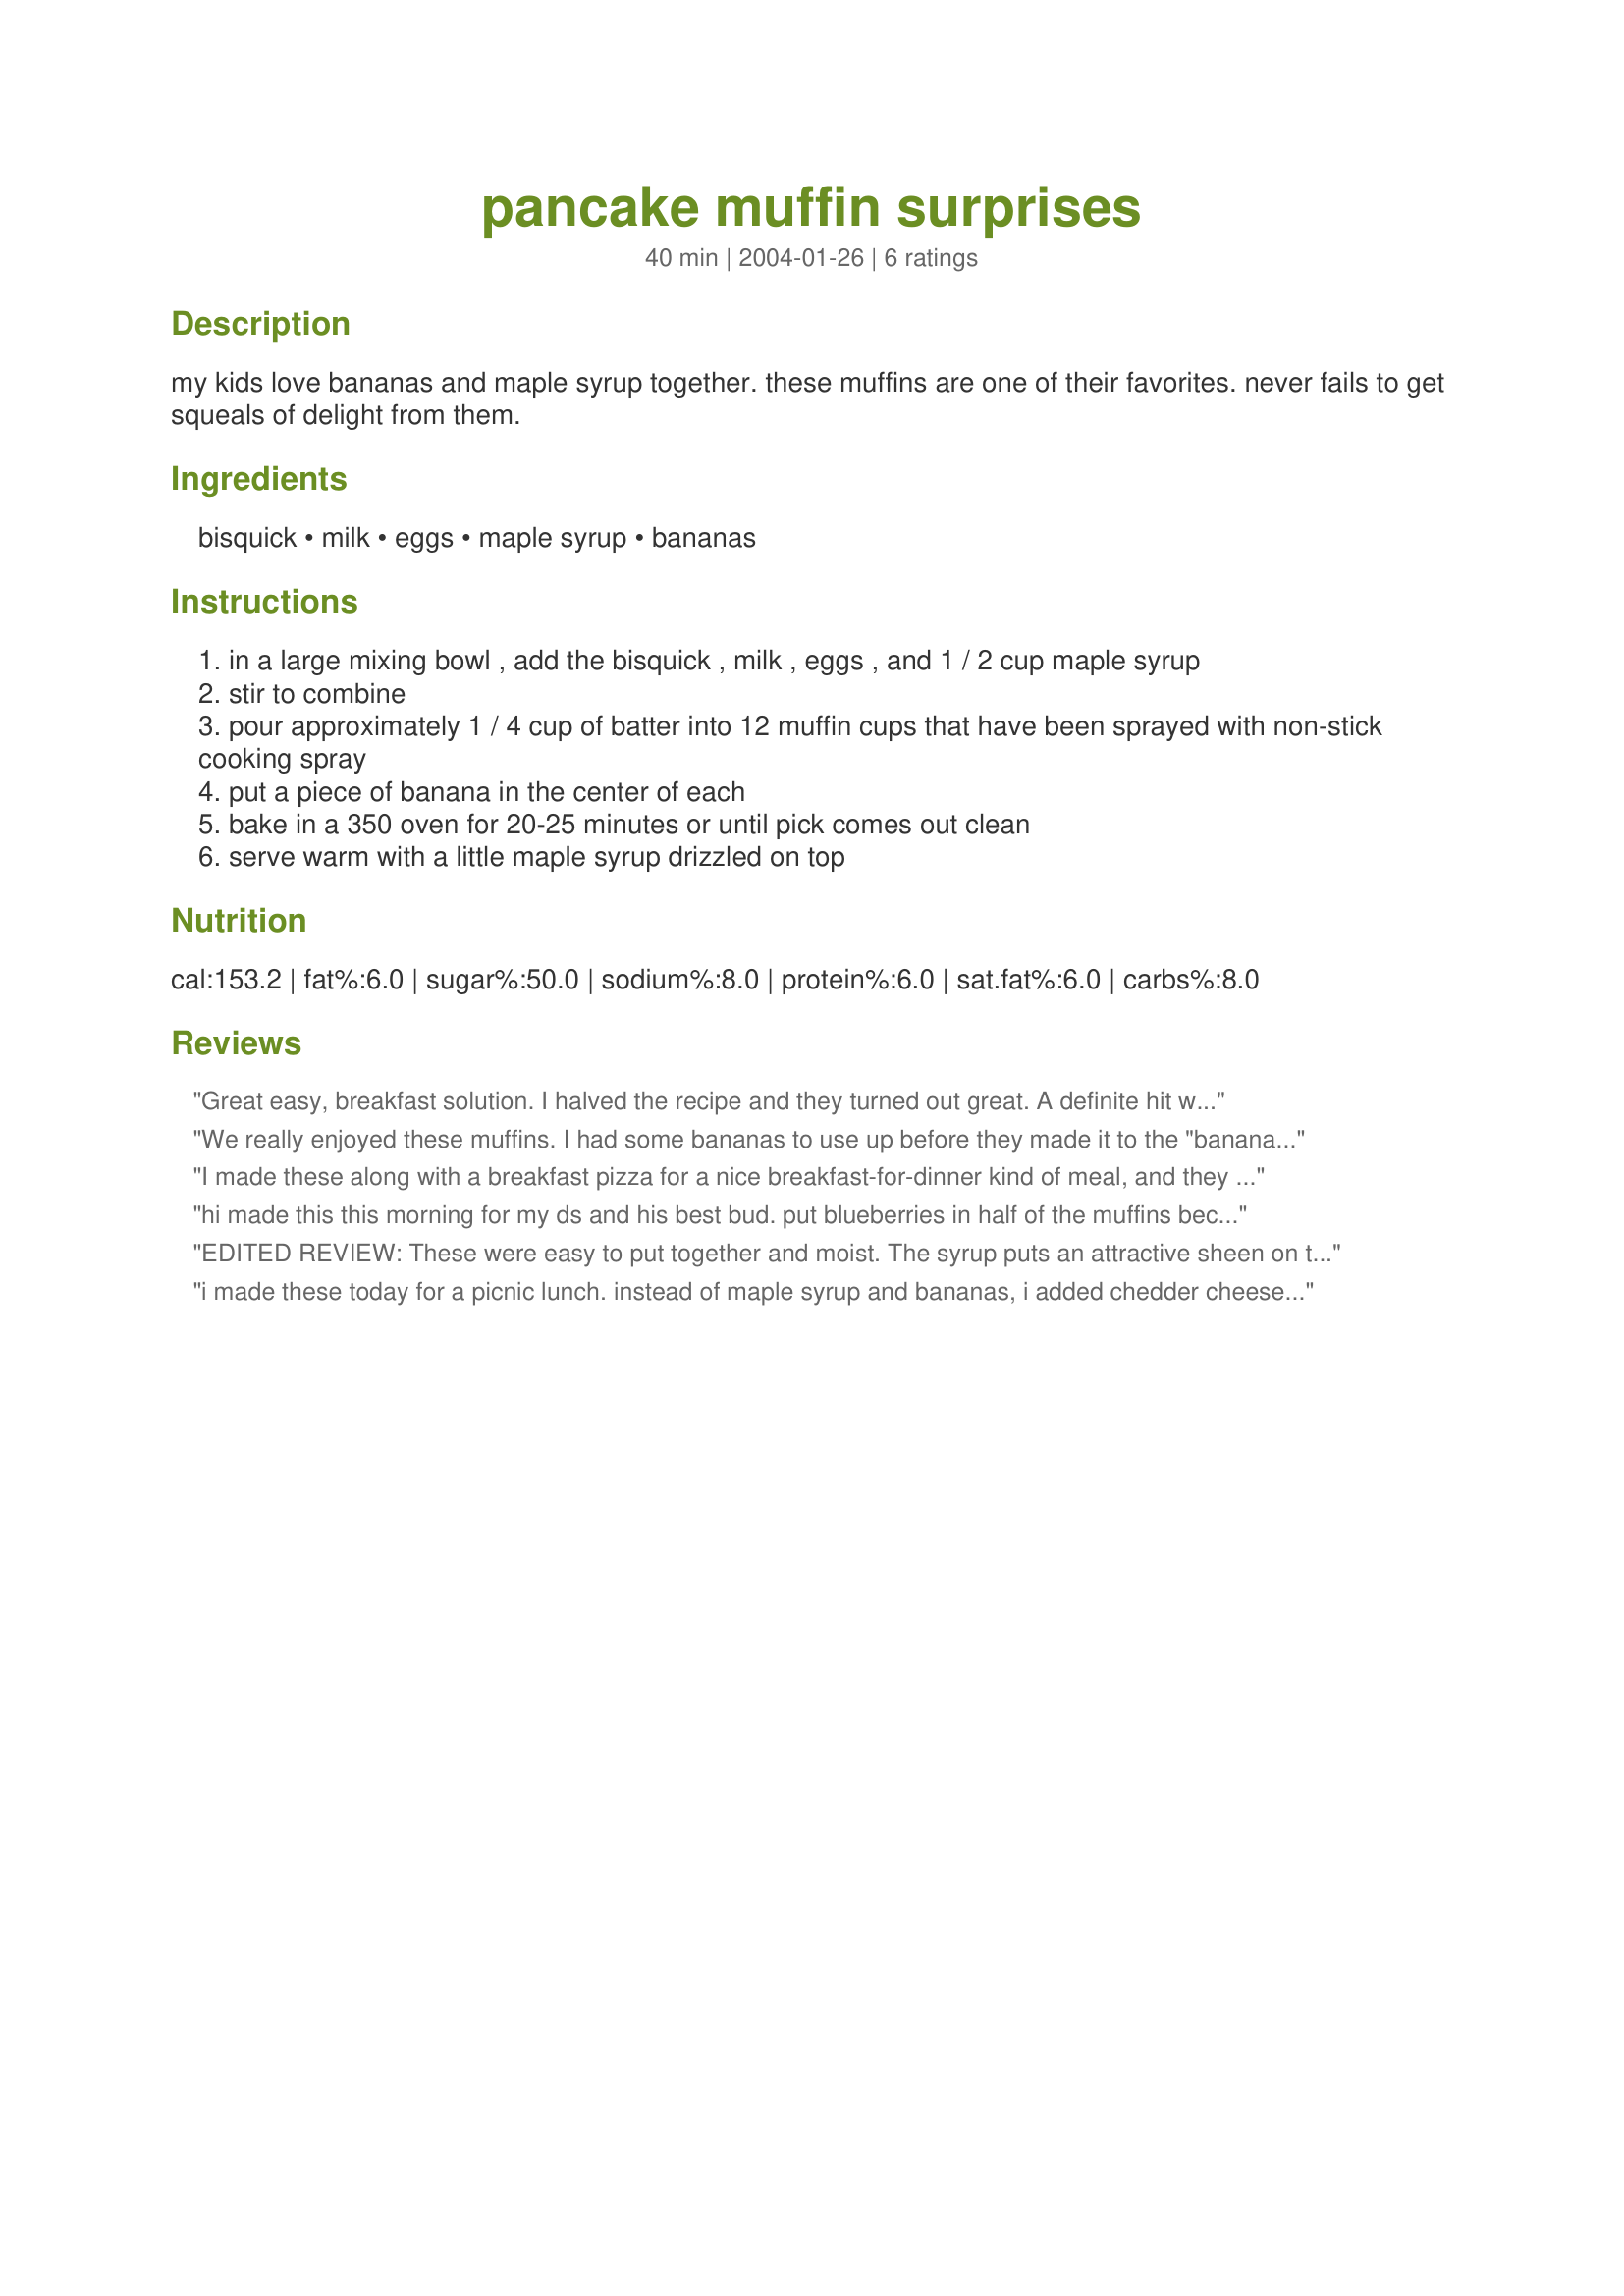
pancake muffin surprises
Preparation time: 40 minutes

my kids love bananas and maple syrup together. these muffins are one of their favorites. never fails to get squeals of delight from them.

Ingredients:
bisquick, milk, eggs, maple syrup, bananas

Steps:
in a large mixing bowl , add the bisquick , milk , eggs , and 1 / 2 cup maple syrup
stir to combine
pour approximately 1 / 4 cup of batter into 12 muffin cups that have been sprayed with non-stick cooking spray
put a piece of banana in the center of each
bake in a 350 oven for 20-25 minutes or until pick comes out clean
serve warm with a little maple syrup drizzled on top

Reviews:
Great easy, breakfast solution. I halved the recipe and they turned out great. A definite hit with my family and a labor saving alternative to pancakes for me!
We really enjoyed these muffins. I had some bananas to use up before they made it to the "banana grave yard" (my freezer!) so I picked this to try. Super fast to make, they were a quick and easy afterschool snack. Mine never browned and were always a little softer texture then most muffins I make, but had really good flavor. I used skim milk, egg beaters, and omitted the extra maple syrup. Yummy. Thanks.
I made these along with a breakfast pizza for a nice breakfast-for-dinner kind of meal, and they were a hit. They tasted just like pancakes, and everyone was surprised to find a tasty chunk of banana inside (tasted just like the bananas in banana pudding!). The only minor change I made was to use light pancake syrup instead of plain maple syrup, but the result was fine. The flavor might have been stronger with real maple syrup, but we liked them as they were!
hi made this this morning for my ds and his best bud. put blueberries in half of the muffins because the boys had just picked them and looked so disappointed when I wasn't going to make blueberry pancakes...anyway, I only needed 10 extra minutes cook time but that is i think because i only had jumbo muffin tins. it made 6 jumbos...and I did drizzle the syrup over the warm muffs and they were yummy, and filling. both boys loved them and my ds is VERY picky. thanks for a great, easy, tasty breakfast treat.
EDITED REVIEW: These were easy to put together and moist. The syrup puts an attractive sheen on the finished product and the edges and bottom got nicely crispy-golden brown. Your originality deserves merit and a nod.
i made these today for a picnic lunch. instead of maple syrup and bananas, i added chedder cheese and turkey. they were fantastic! i am looking forward to trying many combinations!
